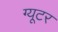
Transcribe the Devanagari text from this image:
ग्यूटर